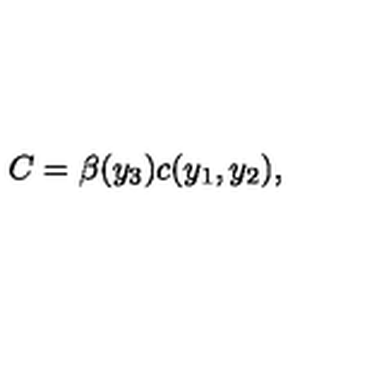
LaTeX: C = \beta ( y _ { 3 } ) c ( y _ { 1 } , y _ { 2 } ) ,